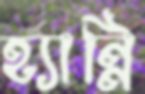
হ্যান্নি